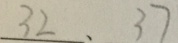
3 2 、 3 7